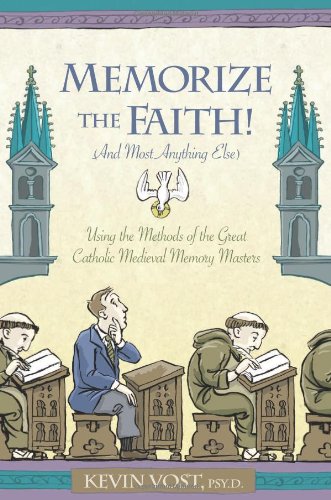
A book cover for Memorize the Faith! (and Most Anything Else): Using the Methods of the Great Catholic Medieval Memory Masters; Kevin Vost; Self-Help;